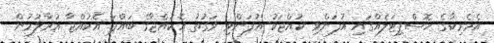
އެމެރިކާގެ ހޮސްޕިޓަލެއްގައި އުފަންވި ކުއްޖަކު އުފަންވި ވަގުތު އެކުއްޖާގެ ބައްޕަ އެކުއްޖާ އުރާލުމުން